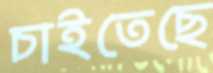
চাইতেছে